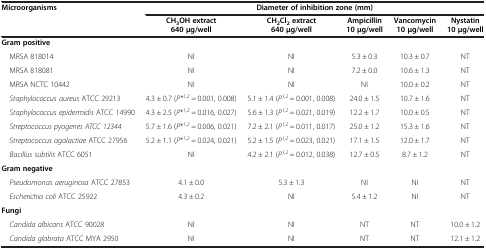
<table><thead><tr><td rowspan="2"><b>Microorganisms</b></td><td colspan="5"><b>Diameter of inhibition zone (mm)</b></td></tr><tr><td><b>CH<sub>3</sub>OH extract 640 μg/well</b></td><td><b>CH<sub>2</sub>Cl<sub>2 </sub>extract 640 μg/well</b></td><td><b>Ampicillin 10 μg/well</b></td><td><b>Vancomycin 10 μg/well</b></td><td><b>Nystatin 10 μg/well</b></td></tr></thead><tbody><tr><td><b>Gram positive</b></td><td> </td><td> </td><td> </td><td> </td><td> </td></tr><tr><td> MRSA 818014</td><td>NI</td><td>NI</td><td>5.3 ± 0.3</td><td>10.3 ± 0.7</td><td>NT</td></tr><tr><td> MRSA 818081</td><td>NI</td><td>NI</td><td>7.2 ± 0.0</td><td>10.6 ± 1.3</td><td>NT</td></tr><tr><td> MRSA NCTC 10442</td><td>NI</td><td>NI</td><td>NI</td><td>10.0 ± 0.2</td><td>NT</td></tr><tr><td> <i>Staphylococcus aureus</i> ATCC 29213</td><td>4.3 ± 0.7 (<i>P*</i><sup><i>1,2</i></sup> = 0.001, 0.008)</td><td>5.1 ± 1.4 (<i>P</i><sup><i>1,2</i></sup> = 0.001, 0.008)</td><td>24.0 ± 1.5</td><td>10.7 ± 1.6</td><td>NT</td></tr><tr><td> <i>Staphylococcus epidermidis</i> ATCC 14990</td><td>4.3 ± 2.5 (<i>P</i>*<sup><i>1,2</i></sup> = 0.016, 0.027)</td><td>5.6 ± 1.3 (<i>P</i><sup><i>1,2</i></sup> = 0.021, 0.019)</td><td>12.2 ± 1.7</td><td>10.0 ± 0.5</td><td>NT</td></tr><tr><td> <i>Streptococcus pyogenes ATCC 12344</i></td><td>5.7 ± 1.6 (<i>P</i>*<sup><i>1,2</i></sup> = 0.006, 0.021)</td><td>7.2 ± 2.1 (<i>P</i><sup><i>1,2</i></sup> = 0.011, 0.017)</td><td>25.0 ± 1.2</td><td>15.3 ± 1.6</td><td>NT</td></tr><tr><td> <i>Streptococcus agalactiae</i> ATCC 27956</td><td>5.2 ± 1.1 (<i>P</i>*<sup><i>1,2</i></sup> = 0.024, 0.021)</td><td>5.2 ± 1.5 (<i>P</i><sup><i>1,2</i></sup> = 0.023, 0.021)</td><td>17.1 ± 1.5</td><td>12.0 ± 1.7</td><td>NT</td></tr><tr><td> <i>Bacillus subtilis</i> ATCC 6051</td><td>NI</td><td>4.2 ± 2.1 (<i>P</i><sup><i>1,2</i></sup> = 0.012, 0.038)</td><td>12.7 ± 0.5</td><td>8.7 ± 1.2</td><td>NT</td></tr><tr><td><b>Gram negative</b></td><td> </td><td> </td><td> </td><td> </td><td> </td></tr><tr><td> <i>Pseudomonas aeruginosa</i> ATCC 27853</td><td>4.1 ± 0.0</td><td>5.3 ± 1.3</td><td>NI</td><td>NI</td><td>NT</td></tr><tr><td> <i>Escherichia coli</i> ATCC 25922</td><td>4.3 ± 0.2</td><td>NI</td><td>5.4 ± 1.2</td><td>NI</td><td>NT</td></tr><tr><td><b>Fungi</b></td><td> </td><td> </td><td> </td><td> </td><td> </td></tr><tr><td> <i>Candida albicans</i> ATCC 90028</td><td>NI</td><td>NI</td><td>NT</td><td>NT</td><td>10.0 ± 1.2</td></tr><tr><td> <i>Candida glabrata</i> ATCC MYA 2950</td><td>NI</td><td>NI</td><td>NT</td><td>NT</td><td>12.1 ± 1.2</td></tr></tbody></table>